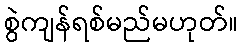
စွဲကျန်ရစ်မည်မဟုတ်။